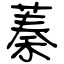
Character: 蓁